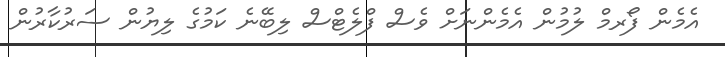
އެމެން ފޯރމް ލުމުން އެމެންނަށް ވެސް ފްލެޓްސް ލިބޭނެ ކަމުގެ ލިޔުން ސަރުކާރުން